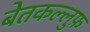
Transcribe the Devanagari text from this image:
बेतकल्लुफ़